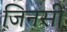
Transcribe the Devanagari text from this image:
जिनसी